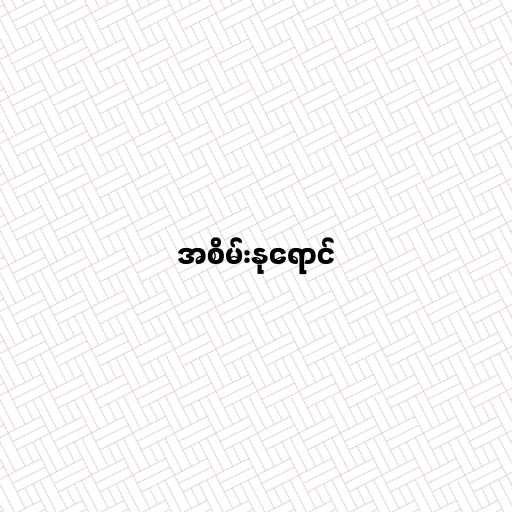
အစိမ်းနုရောင်